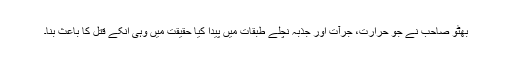
بھُٹو صاحب نے جو حرارت، جُرآت اور جذبہ نِچلے طبقات میں پیدا کیا حقیقت میں وہی انکے قتل کا باعث بنا۔